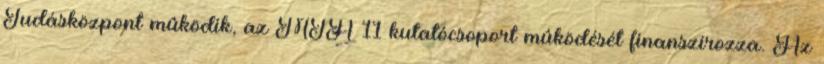
Tudásközpont mûködik, az MTA 11 kutatócsoport mûködését finanszírozza. Az